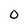
Character: O